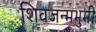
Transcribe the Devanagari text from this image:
शिवजन्मभुमी